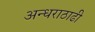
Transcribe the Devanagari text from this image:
अन्धराठाढी